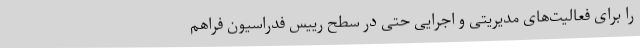
را برای فعالیت‌های مدیریتی و اجرایی حتی در سطح رییس فدراسیون فراهم